Report of the Indian Hemp Drugs Commission, 1894-1895 - Volume I
Year: 1894
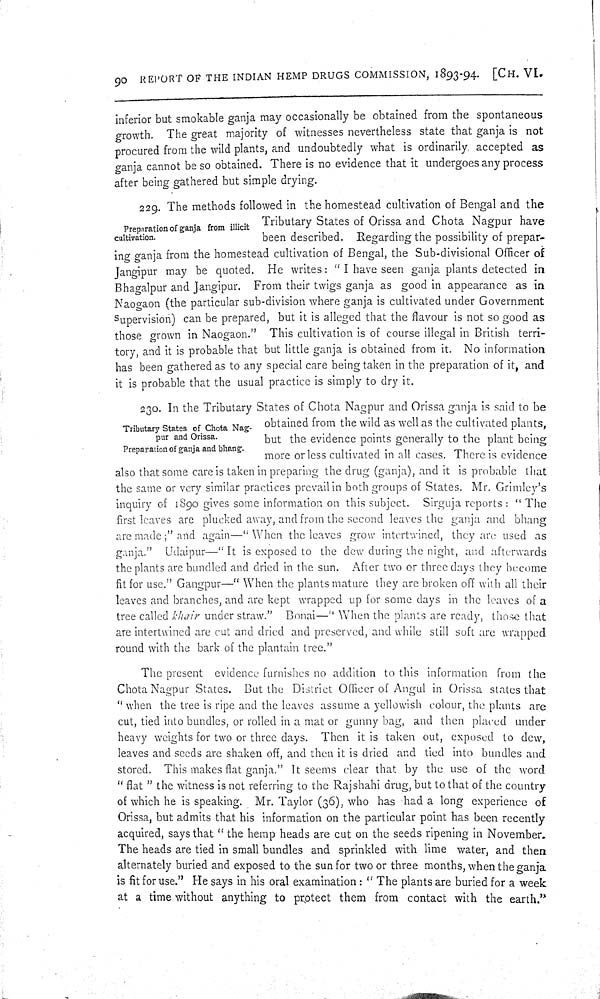
90 REPORT OF THE INDIAN HEMP DRUGS COMMISSION, 1893-94. [CH. VI.
inferior but smokable ganja may occasionally be obtained from the spontaneous
growth. The great majority of witnesses nevertheless state that ganja is not
procured from the wild plants, and undoubtedly what is ordinarily accepted as
ganja cannot be so obtained. There is no evidence that it undergoes any process
after being gathered but simple drying.
Preparation of ganja from illicit
cultivation.
229. The methods followed in the homestead cultivation of Bengal and the
Tributary States of Orissa and Chota Nagpur have
been described. Regarding the possibility of prepar-
ing ganja from the homestead cultivation of Bengal, the Sub-divisional Officer of
Jangipur may be quoted. He writes: "I have seen ganja plants detected in
Bhagalpur and Jangipur. From their twigs ganja as good in appearance as in
Naogaon (the particular sub-division where ganja is cultivated under Government
Supervision) can be prepared, but it is alleged that the flavour is not so good as
those grown in Naogaon." This cultivation is of course illegal in British terri-
tory, and it is probable that but little ganja is obtained from it. No information
has been gathered as to any special care being taken in the preparation of it, and
it is probable that the usual practice is simply to dry it.
Tributary States of Chota Nag-
pur and Orissa.
Preparation of ganja and bhang.
230. In the Tributary States of Chota Nagpur and Orissa ganja is said to be
obtained from the wild as well as the cultivated plants,
but the evidence points generally to the plant being
more or less cultivated in all cases. There is evidence
also that some care is taken in preparing the drug (ganja), and it is probable that
the same or very similar practices prevail in both groups of States. Mr. Grimley's
inquiry of 1890 gives some information on this subject. Sirguja reports: "The
first leaves are plucked away, and from the second leaves the ganja and bhang
are made;" and again—"When the leaves grow intertwined, they are used as
ganja." Udaipur—"It is exposed to the dew during the night, and afterwards
the plants are bundled and dried in the sun. After two or three days they become
fit for use." Gangpur-" When the plants mature they are broken off with all their
leaves and branches, and are kept wrapped up for some days in the leaves of a
tree called khair under straw." Bonai—"When the plants are ready, those that
are intertwined are cut and dried and preserved, and while still soft are wrapped
round with the bark of the plantain tree."
The present evidence furnishes no addition to this information from the
Chota Nagpur States. But the District Officer of Angul in Orissa states that
"when the tree is ripe and the leaves assume a yellowish colour, the plants are
cut, tied into bundles, or rolled in a mat or gunny bag, and then placed under
heavy weights for two or three days. Then it is taken out, exposed to dew,
leaves and seeds are shaken off, and then it is dried and tied into bundles and
stored. This makes flat ganja." It seems clear that by the use of the word
"flat" the witness is not referring to the Rajshahi drug, but to that of the country
of which he is speaking. Mr. Taylor (36), who has had a long experience of
Orissa, but admits that his information on the particular point has been recently
acquired, says that "the hemp heads are cut on the seeds ripening in November.
The heads are tied in small bundles and sprinkled with lime water, and then
alternately buried and exposed to the sun for two or three months, when the ganja
is fit for use." He says in his oral examination: "The plants are buried for a week
at a time without anything to protect them from contact with the earth."